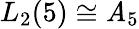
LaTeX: L_{2}(5)\cong\mathit{A}_{5}